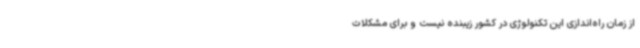
از زمان راه‌اندازی این تکنولوژی در کشور زیبنده نیست و برای مشکلات